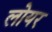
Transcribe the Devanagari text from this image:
लोयर